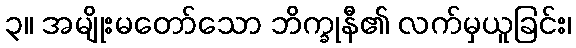
၃။ အမျိုးမတော်သော ဘိက္ခုနီ၏ လက်မှယူခြင်း၊